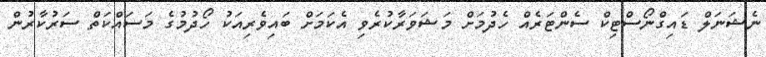
ނެޝަނަލް ޑައިގްނޯސްޓިކް ސެންޓަރެއް ހެދުމަށް މަޝަވަރާކުރެވި އެކަމަށް ބައިވެރިއަކު ހޯދުމުގެ މަސައްކަތް ސަރުކާރުން